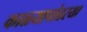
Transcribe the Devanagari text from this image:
काळ्यापांढरया